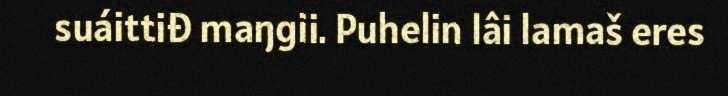
suáittiđ maŋgii. Puhelin lâi lamaš eres